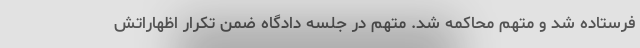
فرستاده شد و متهم محاکمه شد. متهم در جلسه دادگاه ضمن تکرار اظهاراتش